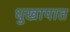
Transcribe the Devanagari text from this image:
धुखापात